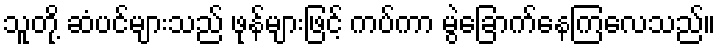
သူတို့ ဆံပင်များသည် ဖုန်များဖြင့် ကပ်ကာ မွဲခြောက်နေကြလေသည်။